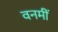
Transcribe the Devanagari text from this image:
वनमीं